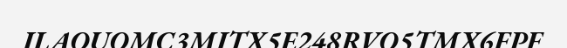
ILAOUOMC3MITX5E248RVO5TMX6FPF